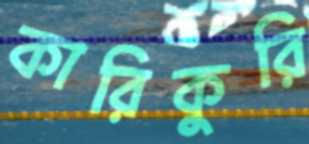
কারিকুরি